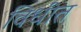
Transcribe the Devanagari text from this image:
विधींत